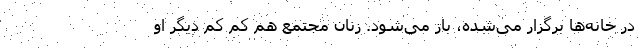
در خانه‌ها برگزار می‌شده، باز می‌شود. زنان مجتمع هم کم کم دیگر او